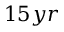
1 5 y r